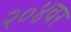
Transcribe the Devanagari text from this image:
२०४वर